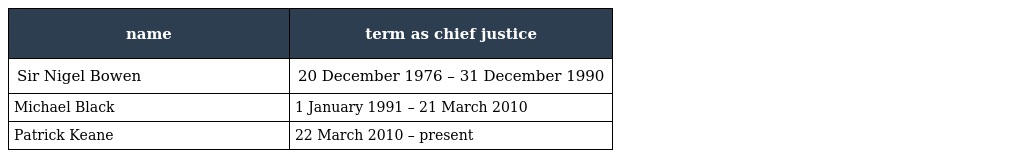
| name | term as chief justice |
 | --- | --- |
 | Sir Nigel Bowen | 20 December 1976 – 31 December 1990 |
 | Michael Black | 1 January 1991 – 21 March 2010 |
 | Patrick Keane | 22 March 2010 – present |